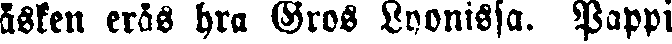
äsken eräs hra Gros Lyonissa. Pappi